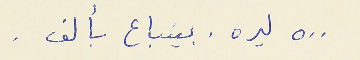
٥٠٠ ليره . بينباع بألف .